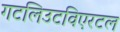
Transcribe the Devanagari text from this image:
गटलिउटविएरटल